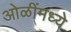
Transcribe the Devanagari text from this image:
ओळींमध्ये